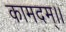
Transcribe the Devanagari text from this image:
कामदम्।।